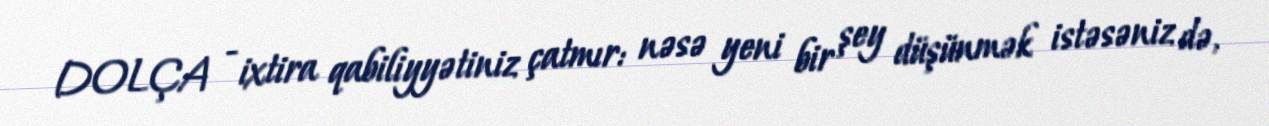
DOLÇA - ixtira qabiliyyətiniz çatmır: nəsə yeni bir şey düşünmək istəsəniz də,